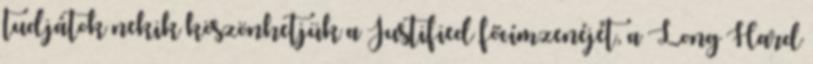
tudjátok nekik köszönhetjük a Justified főcímzenéjét, a Long Hard